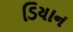
ડિયાન